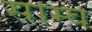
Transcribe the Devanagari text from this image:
साम्व